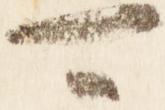
可